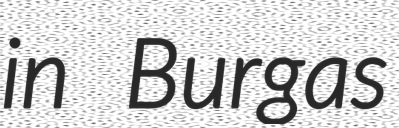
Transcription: in Burgas